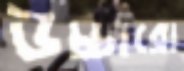
উচ্চারো